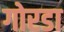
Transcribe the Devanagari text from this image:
गोरडा